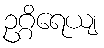
ဥဂ္ဂိရေယျ